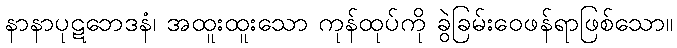
နာနာပုဋဘေဒနံ၊ အထူးထူးသော ကုန်ထုပ်ကို ခွဲခြမ်းဝေဖန်ရာဖြစ်သော။